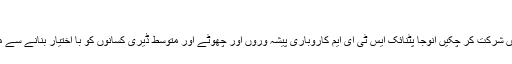
دودھیا کہکشاں
اس مضمون میں اے آئی آر ایس ڈبلیو ای ای ای میں شرکت کر چکیں انوجا پٹنائک ایس ٹی ای ایم کاروباری پیشہ وروں اور چھوٹے اور متوسط ڈیری کسانوں کو با اختیار بنانے سے متعلق اپنے کاموں کے بارے میں بات کررہی ہیں۔